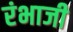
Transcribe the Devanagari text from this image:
रंभाजी